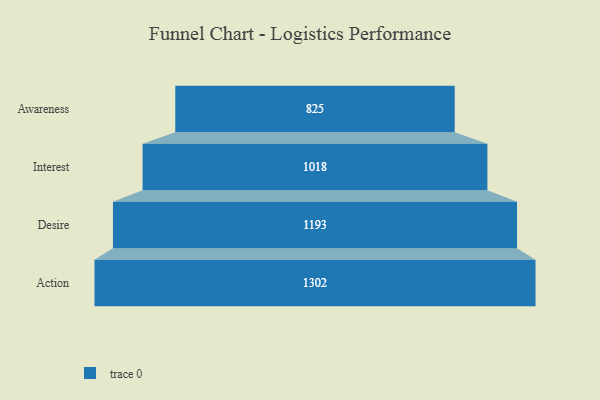
{"axis": {"x": "Stage", "y": "Value"}, "legend": [""], "data": [{"x": "Awareness", "y": 825.0, "type": ""}, {"x": "Interest", "y": 1018.0, "type": ""}, {"x": "Desire", "y": 1193.0, "type": ""}, {"x": "Action", "y": 1302.0, "type": ""}]}